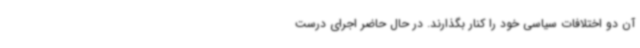
آن دو اختلافات سیاسی خود را کنار بگذارند. در حال حاضر اجرای درست